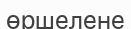
өршелене